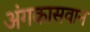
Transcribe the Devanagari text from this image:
अंगकासवान